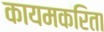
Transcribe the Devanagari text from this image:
कायमकरिता